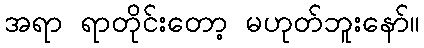
အရာ ရာတိုင်းတော့ မဟုတ်ဘူးနော်။